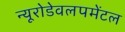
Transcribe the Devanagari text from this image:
न्यूरोडेवलपमेंटल